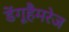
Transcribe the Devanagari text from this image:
डेंगूहैमरेज